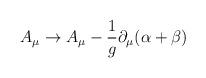
LaTeX: \begin{align*}A_{\mu} \to A_{\mu} - \frac{1}{g} \partial_{\mu}(\alpha + \beta)\end{align*}